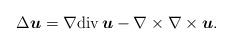
LaTeX: \begin{align*}\Delta \boldsymbol{u} = \nabla{\rm{div}}\,\boldsymbol{u} - \nabla \times \nabla \times \boldsymbol{u}.\end{align*}